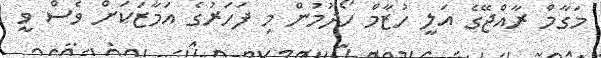
މަގާމް ރާއްޖޭގެ އަލީ ހުޒާމް ހޯދުމުން މި ފަހަރުގެ އަމާޒަކަށް ވެސް ވީ